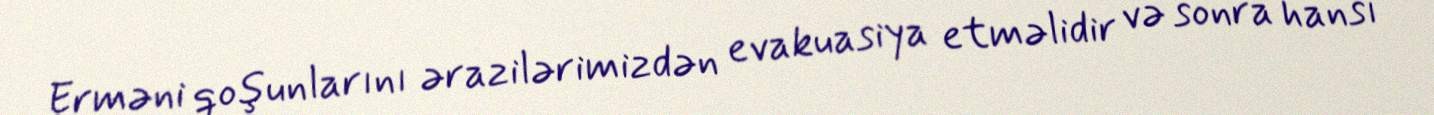
Erməni qoşunlarını ərazilərimizdən evakuasiya etməlidir və sonra hansı